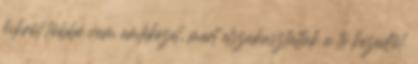
kikrõl többé nem emlékezel, mert elszakasztattak a te kezedtõl.